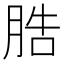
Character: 㬶